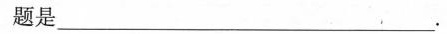
题是___.